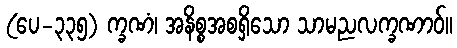
(ပေ-၃၃၅) က္ခဏံ၊ အနိစ္စအစရှိသော သာမညလက္ခဏာဝ်။